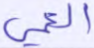
العمي